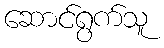
ဆောင်ရွက်သူ